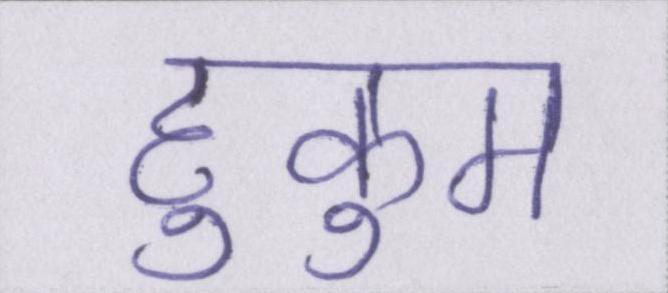
हुकुम